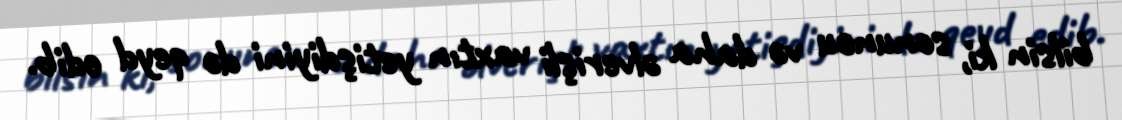
bilsin ki, sonuncu və daha əlverişli vaxtın yetişdiyini də qeyd edib.